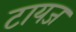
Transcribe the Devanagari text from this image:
टायज